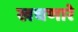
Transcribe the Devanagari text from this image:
खचणारे